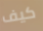
كيف